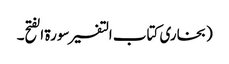
(بخاری کتاب التفسیر سورۃ الفتح۔